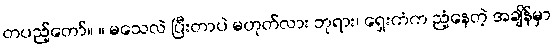
တပည့်တော်။ ။ မသေလဲ ပြီးတာပဲ မဟုတ်လား ဘုရား၊ ရှေးကံက ညံ့နေတဲ့ အချိန်မှာ